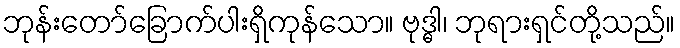
ဘုန်းတော်ခြောက်ပါးရှိကုန်သော။ ဗုဒ္ဓါ၊ ဘုရားရှင်တို့သည်။